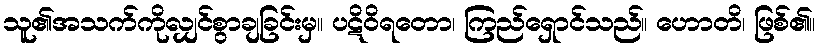
သူ၏အသက်ကိုလျှင်စွာချခြင်းမှ။ ပဋိဝိရတော၊ ကြည်ရှောင်သည်။ ဟောတိ၊ ဖြစ်၏။